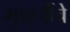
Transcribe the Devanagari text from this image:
मुकर्जींचे